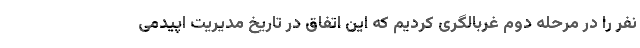
نفر را در مرحله دوم غربالگری کردیم که این اتفاق در تاریخ مدیریت اپیدمی